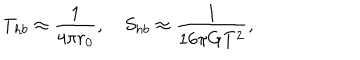
LaTeX: T _ { h b } \approx { \frac { 1 } { 4 \pi r _ { 0 } } } , \quad S _ { h b } \approx { \frac { 1 } { 1 6 \pi G T ^ { 2 } } } ,